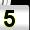
Digit: 5